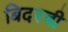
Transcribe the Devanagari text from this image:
बिदरची